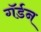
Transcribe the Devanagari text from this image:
गॅर्डन